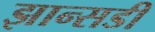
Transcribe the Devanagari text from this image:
झान्सडी